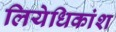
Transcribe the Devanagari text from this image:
लियेधिकांश